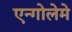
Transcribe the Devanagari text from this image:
एन्गोलेमे